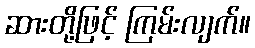
ဆားတို့ဖြင့် ကြမ်းလျက်။